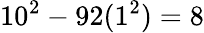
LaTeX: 10^{2}-92(1^{2})=8